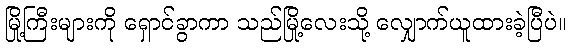
မြို့ကြီးများကို ရှောင်ခွာကာ သည်မြို့လေးသို့ လျှောက်ယူထားခဲ့ပြီပဲ။